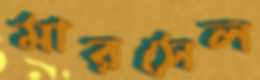
মারসেল